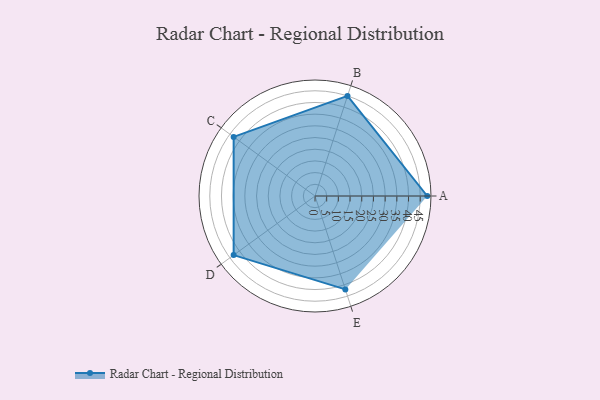
{"axis": {"x": "Skill", "y": "Score"}, "legend": ["Profile"], "data": [{"x": "A", "y": 48.0, "type": "Profile"}, {"x": "B", "y": 45.0, "type": "Profile"}, {"x": "C", "y": 43.0, "type": "Profile"}, {"x": "D", "y": 43.0, "type": "Profile"}, {"x": "E", "y": 42.0, "type": "Profile"}]}